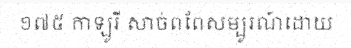
១៧៥ កាឡូរី សាច់ពពែសម្បូរណ៍ដោយ